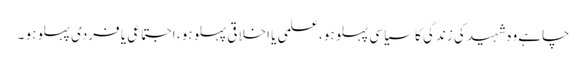
چاہے وہ شہید کی زندگی کا سیاسی پہلو ہو،علمی یا اخلاقی پہلو ہو ، اجتماعی یا فردی پہلو ہو ۔